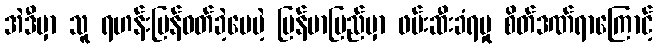
အဲဒီမှာ သူ ရဟန်းပြန်ဝတ်ခဲ့ပေမဲ့ မြန်မာပြည်မှာ ဖမ်းဆီးခံရမှု စိတ်ဒဏ်ရာကြောင့်